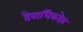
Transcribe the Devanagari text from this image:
देवाधिकदेव